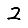
Digit: 2